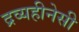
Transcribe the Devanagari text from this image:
द्रव्यहीनेसी